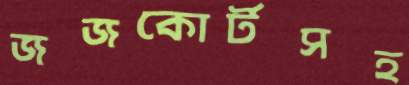
জজকোর্টসহ